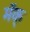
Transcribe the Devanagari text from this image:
मॅक्